Manual of the Civil Veterinary Department, Central Provinces and Berar
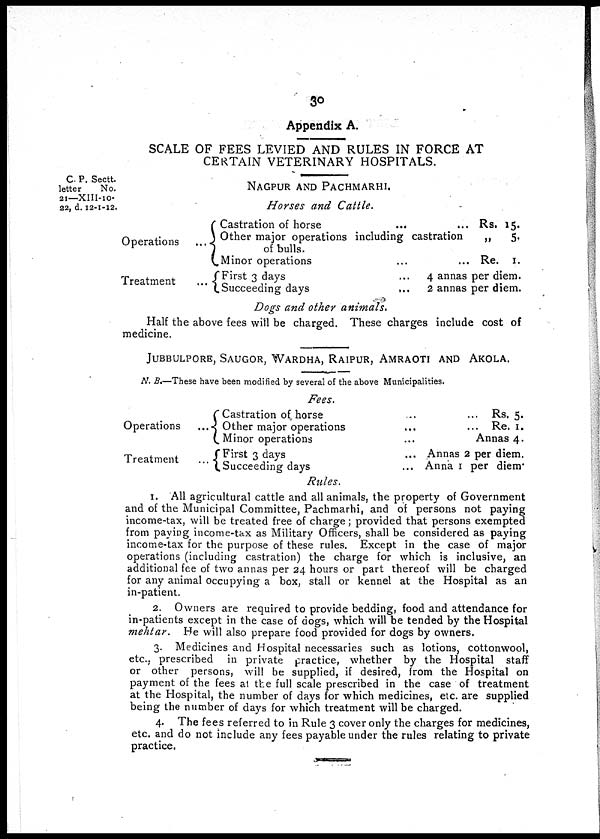
30
SCALE OF FEES LEVIED AND RULES IN FORCE AT
CERTAIN VETERINARY HOSPITALS.
C. P. Sectt.
letter
No.
21— XIII-10-
22, d. 12-1-12.
NAGPUR AND PACHMARHI.
Horses and Cattle.
Operations
Treatment
Castration of horse
Other major operations including castration
of bulls.
Minor operations ...
First 3 days ...
Succeeding days ...
... Rs. 15.
„
5,
... Re. 1.
4 annas per diem.
2 annas per diem.
Dogs and other animals.
Half the above fees will be charged. These charges include cost of
medicine.
JUBBULPORE, SAUGOR, WARDHA, RAIPUR, AMRAOTI AND AKOLA.
N. B.—These have been modified by several of the above Municipalities.
Fees.
Operations
Treatment
Castration of horse
...
Other major operations
...
Minor operations
...
First 3 days
...
Succeeding days
...
... Rs. 5.
... Re. 1.
Annas 4.
Annas 2 per diem.
Anna 1 per diem.
Rules.
1. All agricultural cattle and all animals, the property of Government
and of the Municipal Committee, Pachmarhi, and of persons not paying
income-tax, will be treated free of charge; provided that persons exempted
from paying income-tax as Military Officers, shall be considered as paying
income-tax for the purpose of these rules. Except in the case of major
operations (including castration) the charge for which is inclusive, an
additional fee of two annas per 24 hours or part thereof will be charged
for any animal occupying a box, stall or kennel at the Hospital as an
in-patient.
2. Owners are required to provide bedding, food and attendance for
in-patients except in the case of dogs, which will be tended by the Hospital
mehtar.
He will also prepare food provided for dogs by owners.
3. Medicines and Hospital necessaries such as lotions, cottonwool,
etc., prescribed in private practice, whether by the Hospital staff
or other persons, will be supplied, if desired, from the Hospital on
payment of the fees at the full scale prescribed in the case of treatment
at the Hospital, the number of days for which medicines, etc. are supplied
being the number of days for which treatment will be charged.
4. The fees referred to in Rule 3 cover only the charges for medicines,
etc. and do not include any fees payable under the rules relating to private
practice.